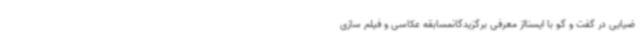
ضیایی در گفت و گو با ایسنااز معرفی برگزیدگانمسابقه عکاسی و فیلم سازی